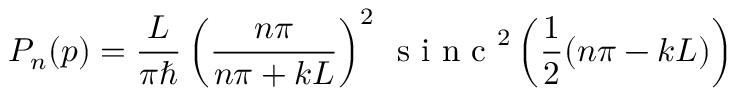
P _ { n } ( p ) = { \frac { L } { \pi \hbar } } \left( { \frac { n \pi } { n \pi + k L } } \right) ^ { 2 } \, { \textrm { s i n c } } ^ { 2 } \left( { \frac { 1 } { 2 } } ( n \pi - k L ) \right)